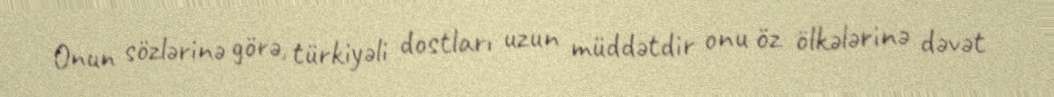
Onun sözlərinə görə, türkiyəli dostları uzun müddətdir onu öz ölkələrinə dəvət